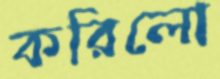
করিলো